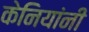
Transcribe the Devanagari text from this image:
केनियांनी